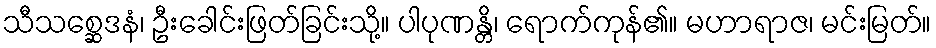
သီသစ္ဆေဒနံ၊ ဦးခေါင်းဖြတ်ခြင်းသို့။ ပါပုဏန္တိ၊ ရောက်ကုန်၏။ မဟာရာဇ၊ မင်းမြတ်။